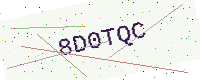
Text: 8D0TQC